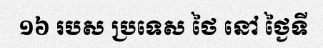
១៦ របស ប្រទេស ថៃ នៅ ថ្ងៃទី